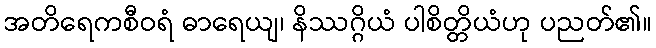
အတိရေကစီဝရံ ဓာရေယျ၊ နိဿဂ္ဂိယံ ပါစိတ္တိယံဟု ပညတ်၏။